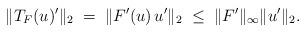
LaTeX: \begin{align*}\|T_F(u)'\|_2 \; = \; \|F'(u)\, u' \|_2 \; \leq \; \|F'\|_{\infty}\|u'\|_2.\end{align*}